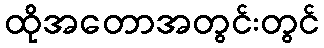
ထိုအတောအတွင်းတွင်